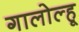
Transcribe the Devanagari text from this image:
गालोल्हू